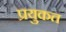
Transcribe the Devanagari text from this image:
प्रयुकत